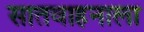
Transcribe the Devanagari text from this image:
सातवाहनाला